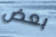
بعض